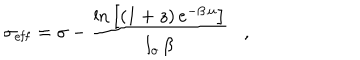
\sigma _ { \mathrm { e f f } } = \sigma - \frac { \mathrm { l n } \left[ ( 1 + z ) \, e ^ { - \beta \, u } \right] } { l _ { o } \, \beta } \, \, \, \, \, , \, \, \, \, \,